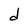
Character: d